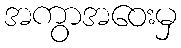
အကွာအဝေးမှ